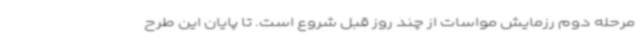
مرحله دوم رزمایش مواسات از چند روز قبل شروع است. تا پایان این طرح